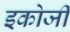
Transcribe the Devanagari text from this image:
इकोजी